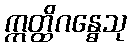
ဣတ္ထိဂန္ဓေသု